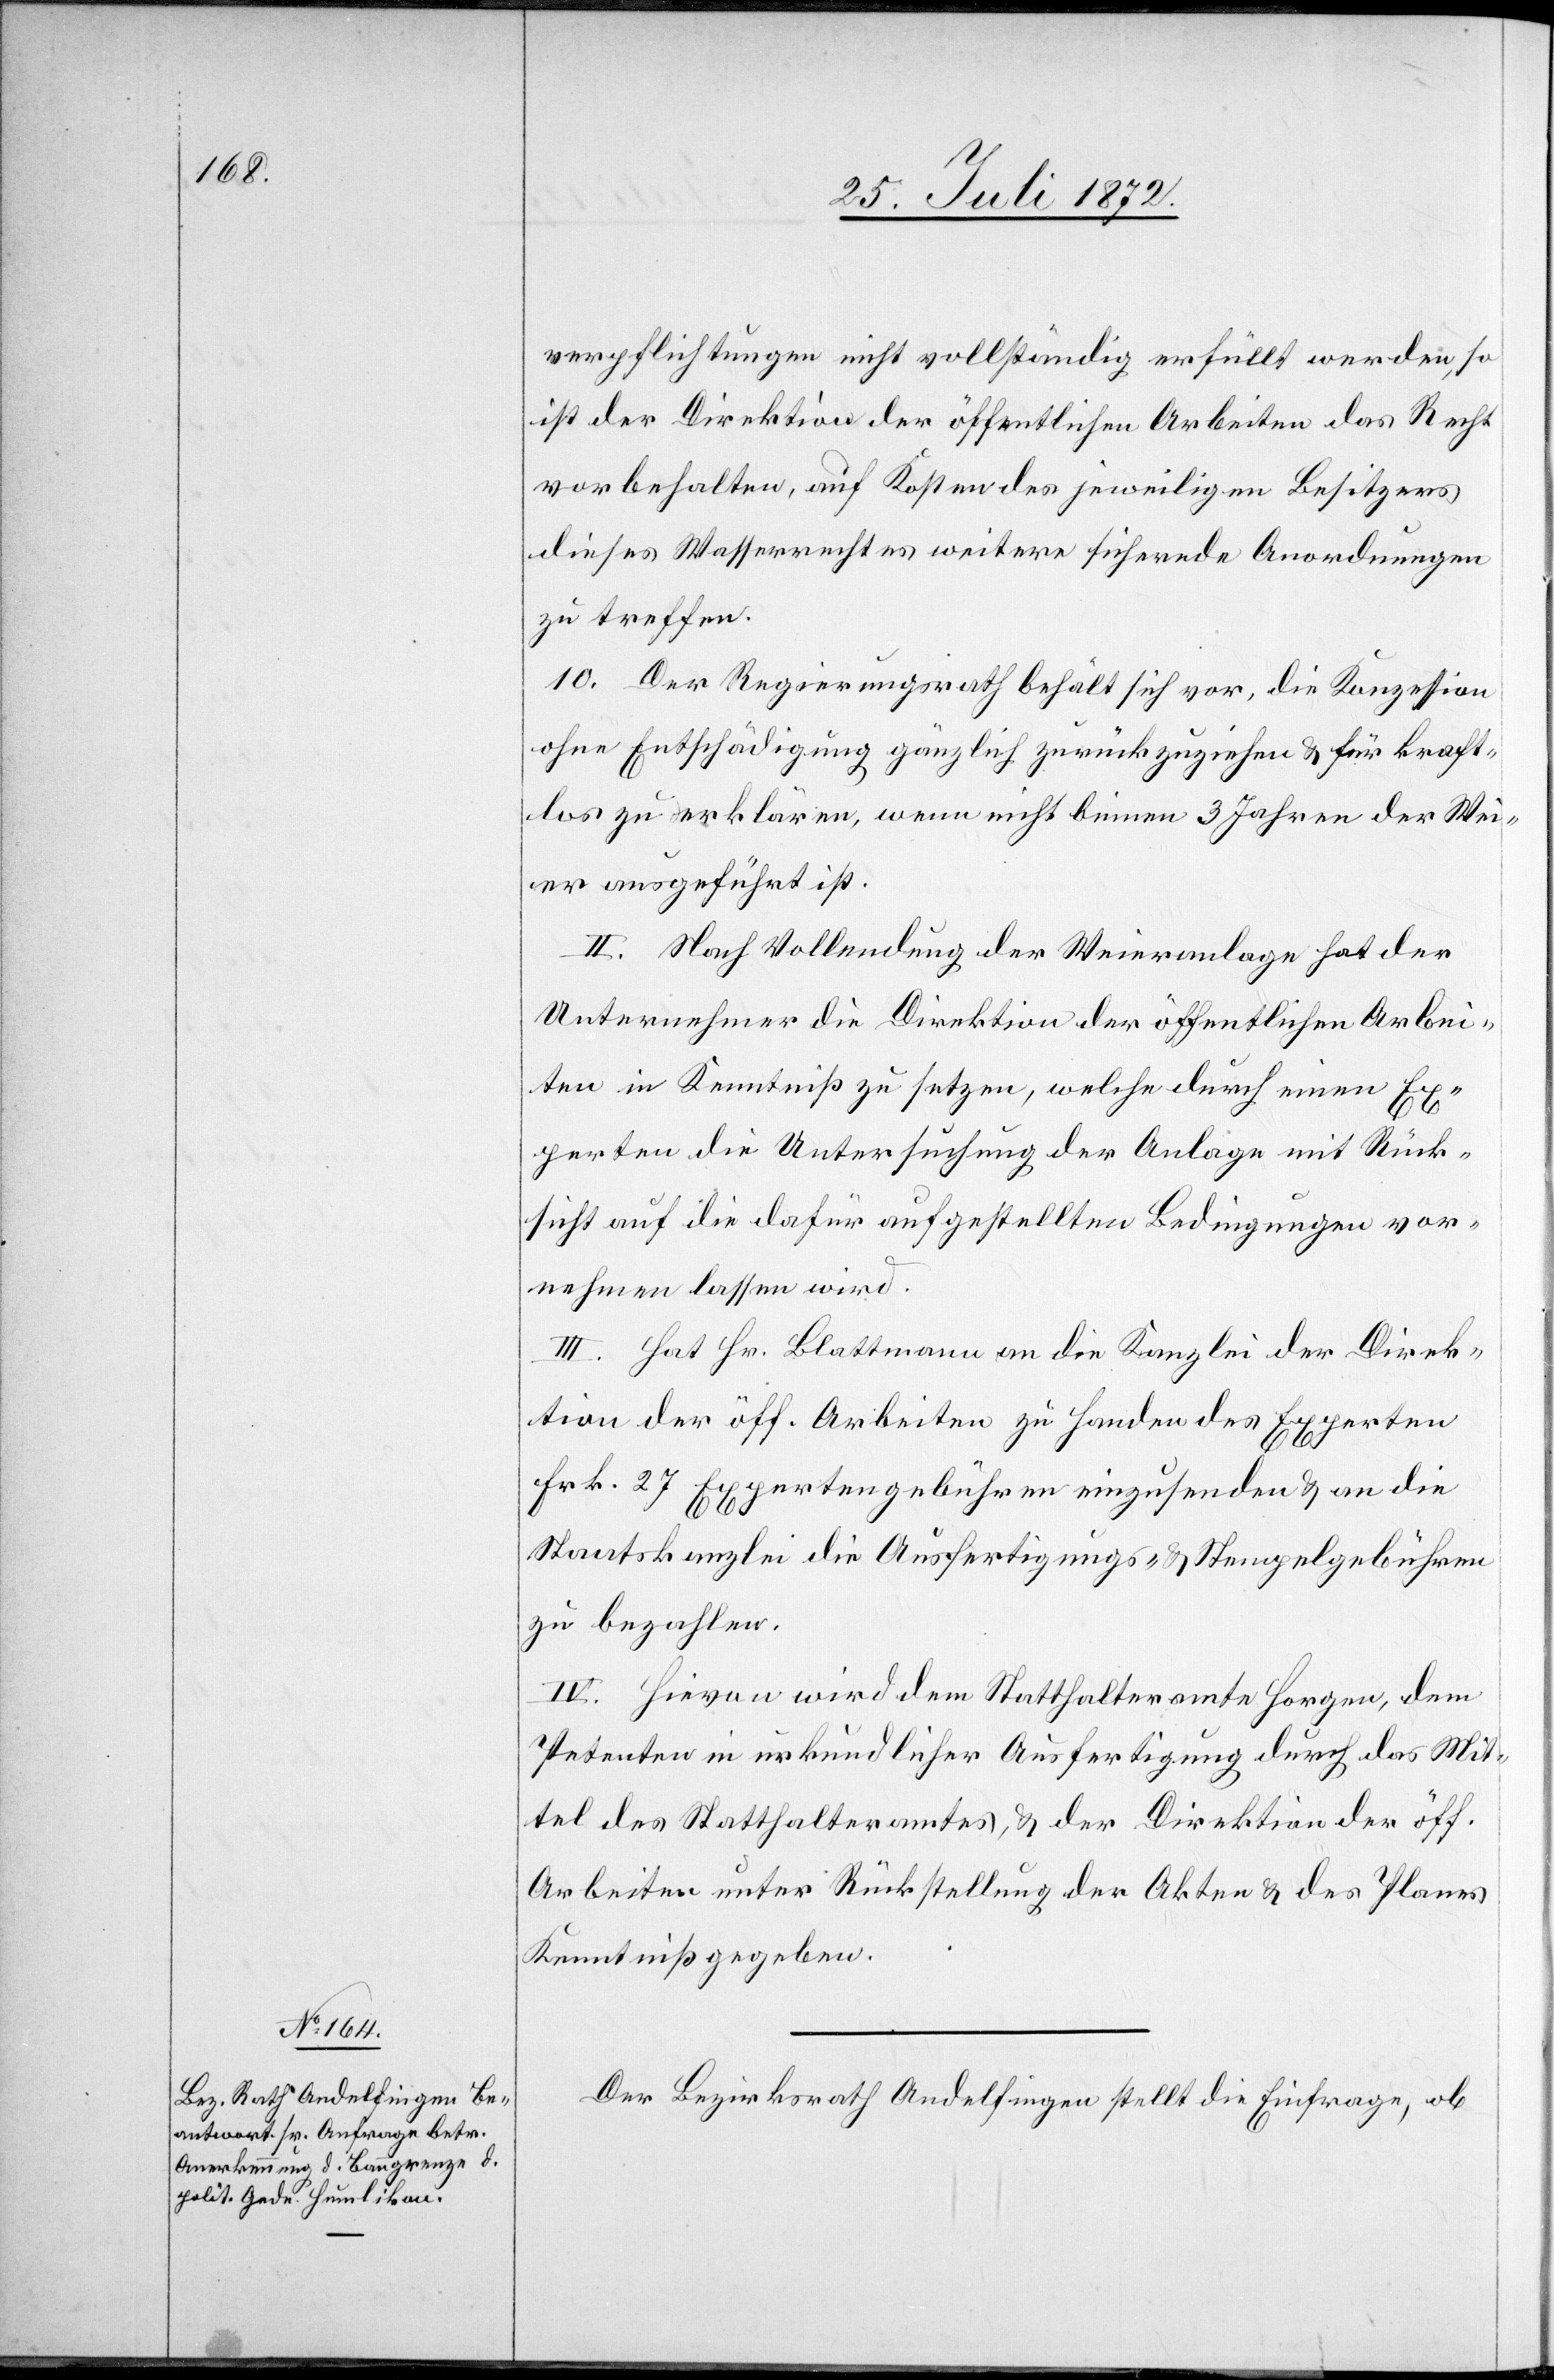
verpflichtungen [sic!] nicht vollständig erfüllt werden, so
ist der Direktion der öffentlichen Arbeiten das Recht
vorbehalten, auf Kosten des jeweiligen Besitzers
dieses Wasserrechtes weitere sichernde Anordnungen
zu treffen.
10. Der Regierungsrath behält sich vor, die Konzession
ohne Entschädigung gänzlich zurückzuziehen u. für kraft¬
los zu erklären, wenn nicht binnen 3 Jahren der Wei¬
er ausgeführt ist.
II. Nach Vollendung der Weieranlage hat der
Unternehmer die Direktion der öffentlichen Arbei¬
ten in Kenntniß zu setzen, welche durch einen Ex¬
perten die Untersuchung der Anlage mit Rück¬
sicht auf die dafür aufgestellten Bedingungen vor¬
nehmen lassen wird.
III. Hat Hr. Blattmann an die Kanzlei der Direk¬
tion der öff. Arbeiten zu Handen des Experten
Frk. 27 Expertengebühren einzusenden u. an die
Staatskanzlei die Ausfertigungs- u. Stempelgebühren
zu bezahlen.
IV. Hievon wird dem Statthalteramte Horgen, dem
Petenten in urkundlicher Ausfertigung durch das Mit¬
tel des Statthalteramtes, u. der Direktion der öff.
Arbeiten unter Rückstellung der Akten u. des Planes
Kenntniß gegeben.
Der Bezirksrath Andelfingen stellt die Einfrage, ob